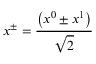
x ^ { \pm } = \frac { \left( x ^ { 0 } \pm x ^ { 1 } \right) } { \sqrt { 2 } }